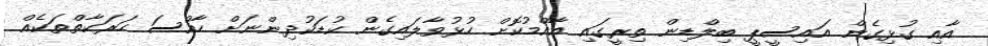
އާއި ގުޅިގެން އައިސީޕީ ބިލްޑިން ތިރީގައި އާއްމުކޮށް ހުޅުވާލައިގެން ކުޑަކުދިންނަށް ހާއްސަ ހަރަކާތްތަކެއް